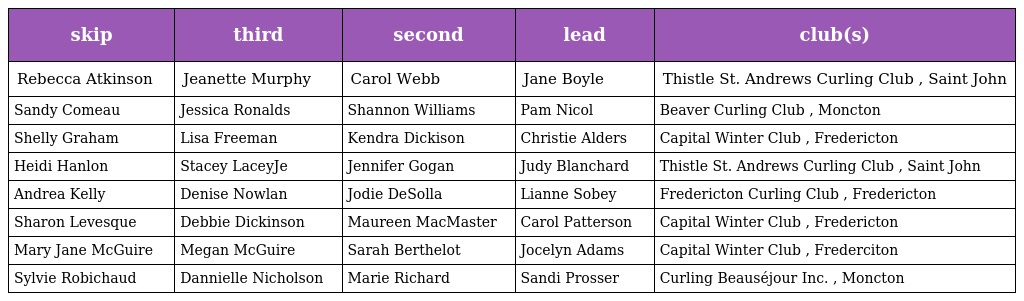
| skip | third | second | lead | club(s) |
 | --- | --- | --- | --- | --- |
 | Rebecca Atkinson | Jeanette Murphy | Carol Webb | Jane Boyle | Thistle St. Andrews Curling Club , Saint John |
 | Sandy Comeau | Jessica Ronalds | Shannon Williams | Pam Nicol | Beaver Curling Club , Moncton |
 | Shelly Graham | Lisa Freeman | Kendra Dickison | Christie Alders | Capital Winter Club , Fredericton |
 | Heidi Hanlon | Stacey LaceyJe | Jennifer Gogan | Judy Blanchard | Thistle St. Andrews Curling Club , Saint John |
 | Andrea Kelly | Denise Nowlan | Jodie DeSolla | Lianne Sobey | Fredericton Curling Club , Fredericton |
 | Sharon Levesque | Debbie Dickinson | Maureen MacMaster | Carol Patterson | Capital Winter Club , Fredericton |
 | Mary Jane McGuire | Megan McGuire | Sarah Berthelot | Jocelyn Adams | Capital Winter Club , Frederciton |
 | Sylvie Robichaud | Dannielle Nicholson | Marie Richard | Sandi Prosser | Curling Beauséjour Inc. , Moncton |